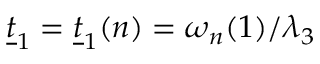
\underline { { t } } _ { 1 } = \underline { { t } } _ { 1 } ( n ) = \omega _ { n } ( 1 ) / \lambda _ { 3 }